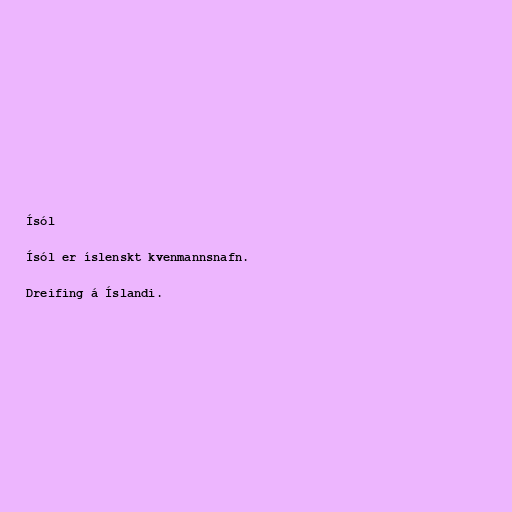
Ísól

Ísól er íslenskt kvenmannsnafn.

Dreifing á Íslandi.